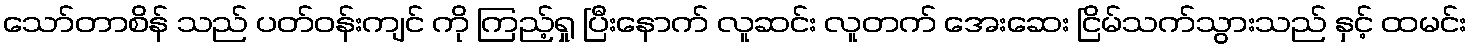
သော်တာစိန် သည် ပတ်ဝန်းကျင် ကို ကြည့်ရှု ပြီးနောက် လူဆင်း လူတက် အေးဆေး ငြိမ်သက်သွားသည် နှင့် ထမင်း